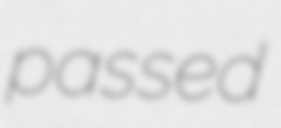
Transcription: passed